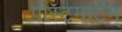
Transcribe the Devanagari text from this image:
पोस्टमार्टम्‌